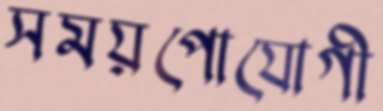
সময়পোযোগী